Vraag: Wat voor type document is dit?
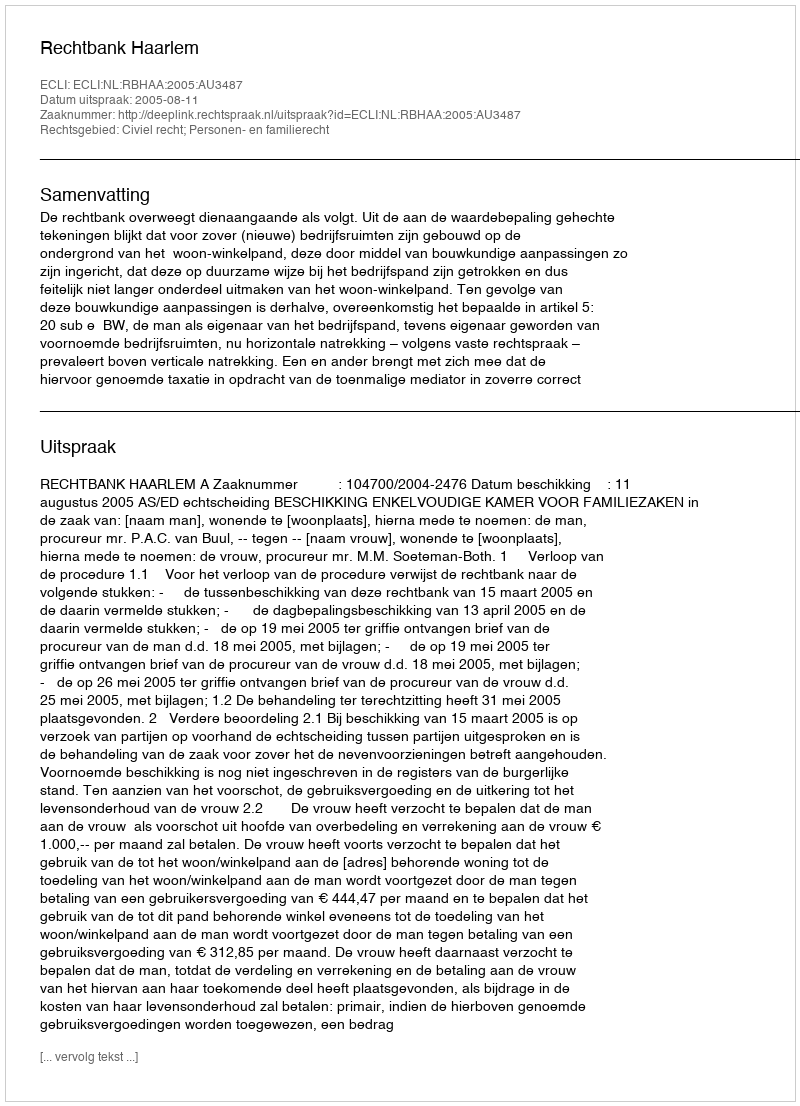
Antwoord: Uitspraak